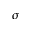
\sigma